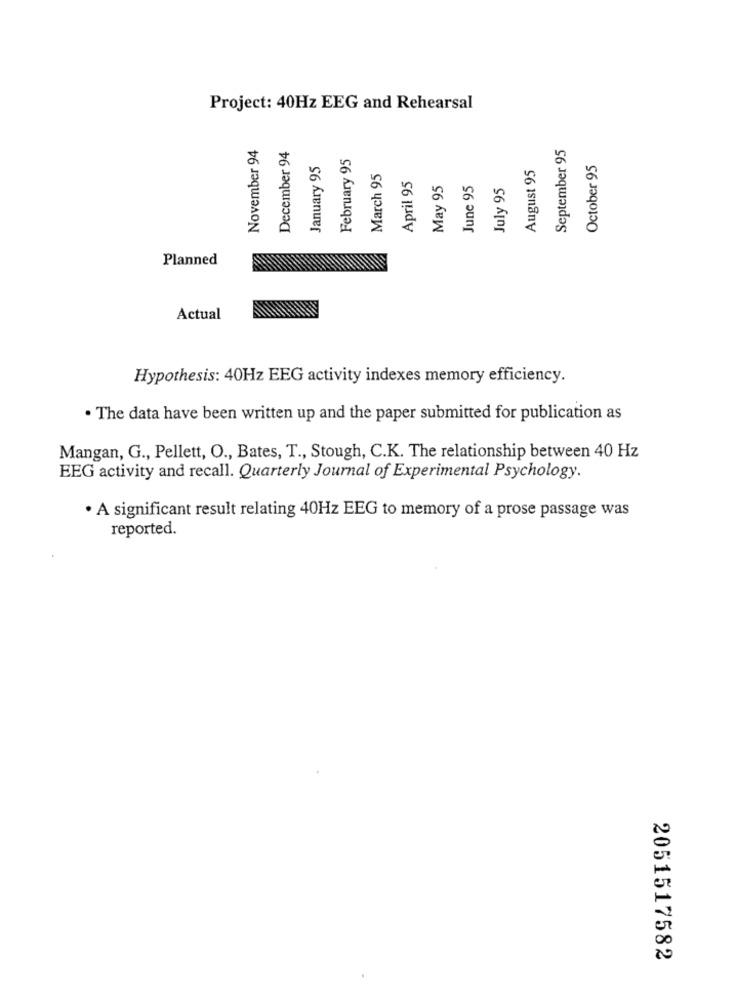
Project: 40Hz EEG and Rehearsal
November 94
September 95
December 94
February 95
January 95
August 95
October 95
March 95
April 95
May 95
June 95
July 95
Planned
Actual
Hypothesis: 40Hz EEG activity indexes memory efficiency.
· The data have been written up and the paper submitted for publication as
Mangan, G ., Pellett, O ., Bates, T ., Stough, C.K. The relationship between 40 Hz
EEG activity and recall. Quarterly Journal of Experimental Psychology.
· A significant result relating 40Hz EEG to memory of a prose passage was
reported.
2051517582